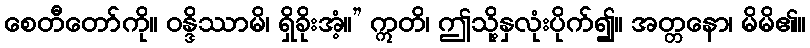
စေတီတော်ကို။ ဝန္ဒိဿာမိ၊ ရှိခိုးအံ့။” ဣတိ၊ ဤသို့နှလုံးပိုက်၍။ အတ္တနော၊ မိမိ၏။